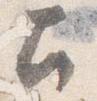
召